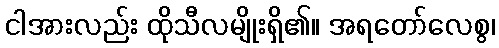
ငါအားလည်း ထိုသီလမျိုးရှိ၏။ အရတော်လေစွ၊